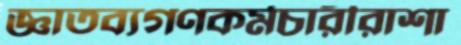
জ্ঞাতব্যগণকর্মচারীরাশা